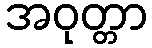
အဝုတ္တာ